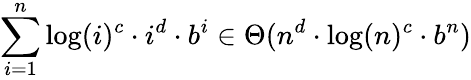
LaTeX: \sum_{i=1}^{n}\log(i)^{c}\cdot i^{d}\cdot b^{i}\in\Theta(n^{d}\cdot\log(n)^{c}\cdot b^{n})